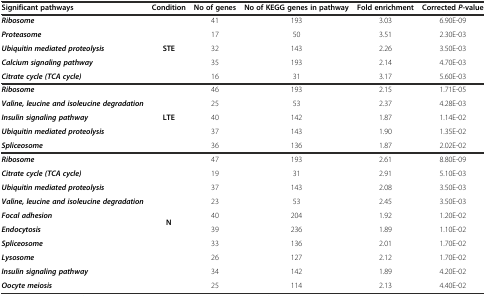
<table><thead><tr><td><b>Significant pathways</b></td><td><b>Condition</b></td><td><b>No of genes</b></td><td><b>No of KEGG genes in pathway</b></td><td><b>Fold enrichment</b></td><td><b>Corrected <i>P</i>-value</b></td></tr></thead><tbody><tr><td><b><i>Ribosome</i></b></td><td rowspan="5"><b>STE</b></td><td>41</td><td>193</td><td>3.03</td><td>6.90E-09</td></tr><tr><td><b><i>Proteasome</i></b></td><td>17</td><td>50</td><td>3.51</td><td>2.30E-03</td></tr><tr><td><b><i>Ubiquitin mediated proteolysis</i></b></td><td>32</td><td>143</td><td>2.26</td><td>3.50E-03</td></tr><tr><td><b><i>Calcium signaling pathway</i></b></td><td>35</td><td>193</td><td>2.14</td><td>4.70E-03</td></tr><tr><td><b><i>Citrate cycle (TCA cycle)</i></b></td><td>16</td><td>31</td><td>3.17</td><td>5.60E-03</td></tr><tr><td><b><i>Ribosome</i></b></td><td rowspan="5"><b>LTE</b></td><td>46</td><td>193</td><td>2.15</td><td>1.71E-05</td></tr><tr><td><b><i>Valine, leucine and isoleucine degradation</i></b></td><td>25</td><td>53</td><td>2.37</td><td>4.28E-03</td></tr><tr><td><b><i>Insulin signaling pathway</i></b></td><td>40</td><td>142</td><td>1.87</td><td>1.14E-02</td></tr><tr><td><b><i>Ubiquitin mediated proteolysis</i></b></td><td>37</td><td>143</td><td>1.90</td><td>1.35E-02</td></tr><tr><td><b><i>Spliceosome</i></b></td><td>36</td><td>136</td><td>1.87</td><td>2.02E-02</td></tr><tr><td><b><i>Ribosome</i></b></td><td rowspan="10"><b>N</b></td><td>47</td><td>193</td><td>2.61</td><td>8.80E-09</td></tr><tr><td><b><i>Citrate cycle (TCA cycle)</i></b></td><td>19</td><td>31</td><td>2.91</td><td>5.10E-03</td></tr><tr><td><b><i>Ubiquitin mediated proteolysis</i></b></td><td>37</td><td>143</td><td>2.08</td><td>3.50E-03</td></tr><tr><td><b><i>Valine, leucine and isoleucine degradation</i></b></td><td>23</td><td>53</td><td>2.45</td><td>3.50E-03</td></tr><tr><td><b><i>Focal adhesion</i></b></td><td>40</td><td>204</td><td>1.92</td><td>1.20E-02</td></tr><tr><td><b><i>Endocytosis</i></b></td><td>39</td><td>236</td><td>1.89</td><td>1.10E-02</td></tr><tr><td><b><i>Spliceosome</i></b></td><td>33</td><td>136</td><td>2.01</td><td>1.70E-02</td></tr><tr><td><b><i>Lysosome</i></b></td><td>26</td><td>127</td><td>2.12</td><td>1.70E-02</td></tr><tr><td><b><i>Insulin signaling pathway</i></b></td><td>34</td><td>142</td><td>1.89</td><td>4.20E-02</td></tr><tr><td><b><i>Oocyte meiosis</i></b></td><td>25</td><td>114</td><td>2.13</td><td>4.40E-02</td></tr></tbody></table>